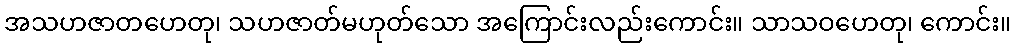
အသဟဇာတဟေတု၊ သဟဇာတ်မဟုတ်သော အကြောင်းလည်းကောင်း။ သာသဝဟေတု၊ ကောင်း။